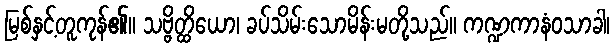
မြစ်နှင့်တူကုန်၏။ သဗ္ဗိတ္ထိယော၊ ခပ်သိမ်းသောမိန်းမတို့သည်။ ကဏ္ဍကာနံဝသာခါ၊